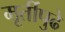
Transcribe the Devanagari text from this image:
मूर्तीपुढे